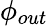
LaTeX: \phi_{out}